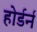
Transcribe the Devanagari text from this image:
होर्डर्न